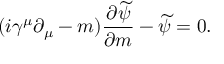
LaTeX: ( i \gamma ^ { \mu } \partial _ { \mu } - m ) \frac { \partial \widetilde { \psi } } { \partial m } - \widetilde { \psi } = 0 .